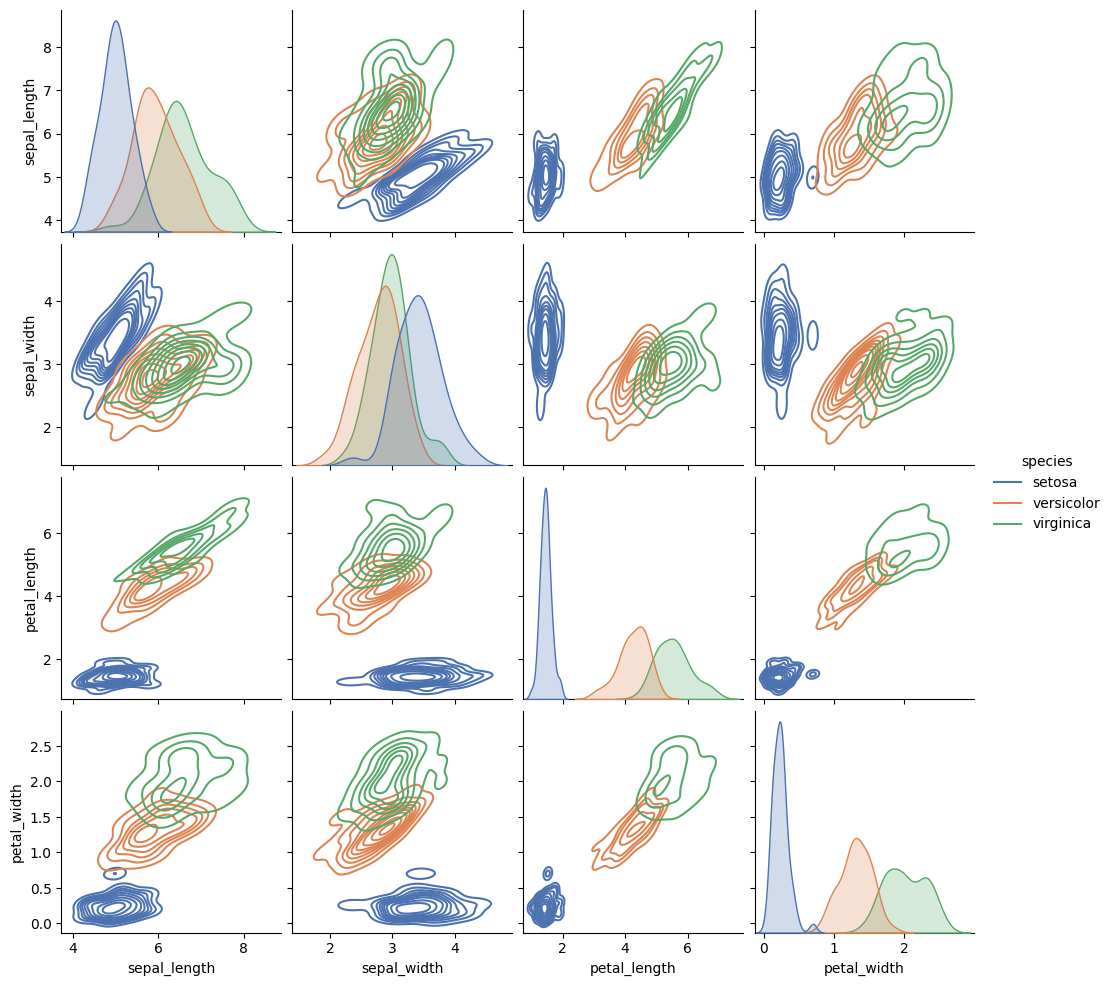
python, seaborn, pairplot, palette='deep', markers=['o'], kind='kde', diag_kind='kde'